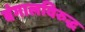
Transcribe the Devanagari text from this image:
बंगालविरुद्ध